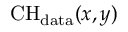
\mathrm { C H } _ { \mathrm { d a t a } } ( x , y )